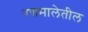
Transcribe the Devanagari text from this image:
रणमालेतील